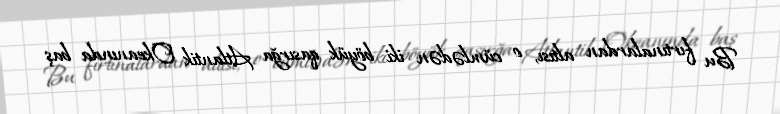
Bu fırtınalardan altısı, o cümlədən iki böyük qasırğa Atlantik Okeanında baş